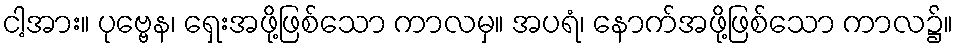
ငါ့အား။ ပုဗ္ဗေန၊ ရှေးအဖို့ဖြစ်သော ကာလမှ။ အပရံ၊ နောက်အဖို့ဖြစ်သော ကာလ၌။